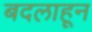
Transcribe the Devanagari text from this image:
बदलाहून